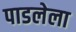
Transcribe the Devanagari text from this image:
पाडलेला